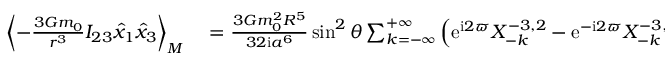
\begin{array} { r l } { \left\langle - \frac { 3 { \cal G } m _ { 0 } } { r ^ { 3 } } I _ { 2 3 } \hat { x } _ { 1 } \hat { x } _ { 3 } \right\rangle _ { M } } & { { } = \frac { 3 { \cal G } m _ { 0 } ^ { 2 } R ^ { 5 } } { 3 2 \mathrm { i } a ^ { 6 } } \sin ^ { 2 } \theta \sum _ { k = - \infty } ^ { + \infty } \left( \mathrm { e } ^ { \mathrm { i } 2 \varpi } X _ { - k } ^ { - 3 , 2 } - \mathrm { e } ^ { - \mathrm { i } 2 \varpi } X _ { - k } ^ { - 3 , - 2 } \right) \times } \end{array}